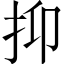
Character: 抑